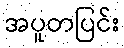
အပူတပြင်း